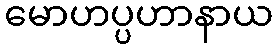
မောဟပ္ပဟာနာယ